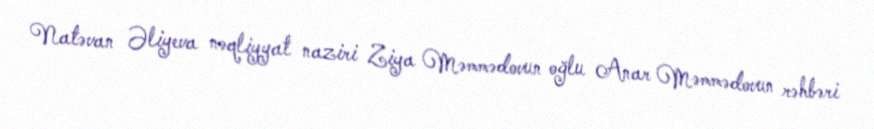
Natəvan Əliyeva nəqliyyat naziri Ziya Məmmədovun oğlu Anar Məmmədovun rəhbəri